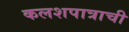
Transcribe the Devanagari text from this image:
कलशपात्राची